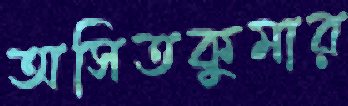
অসিতকুমার